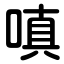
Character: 嗔